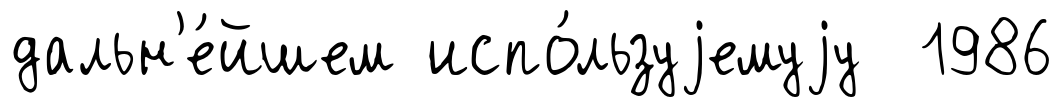
дальн'е́йшем испо́льзуjемуjу 1986